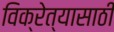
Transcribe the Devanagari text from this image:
विक्रेत्यासाठी